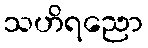
သဟိရညော